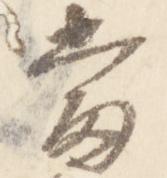
当